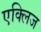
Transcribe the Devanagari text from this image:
एक्लिज